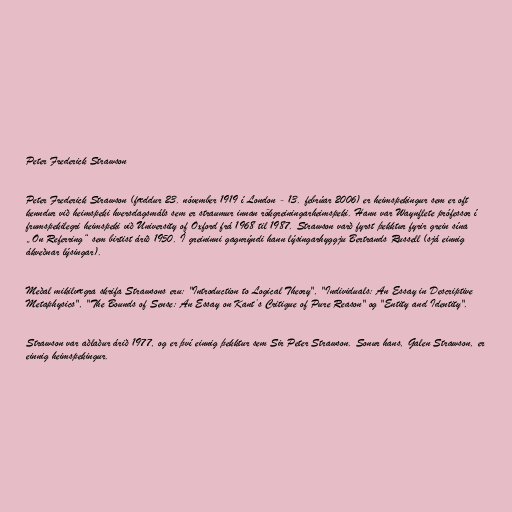
Peter Frederick Strawson

Peter Frederick Strawson (fæddur 23. nóvember 1919 í London - 13. febrúar 2006) er heimspekingur sem er oft
kenndur við heimspeki hversdagsmáls sem er straumur innan rökgreiningarheimspeki. Hann var Waynflete prófessor í
frumspekilegri heimspeki við University of Oxford frá 1968 til 1987. Strawson varð fyrst þekktur fyrir grein sína
„On Referring“ sem birtist árið 1950. Í greininni gagnrýndi hann lýsingarhyggju Bertrands Russell (sjá einnig
ákveðnar lýsingar).

Meðal mikilvægra skrifa Strawsons eru: "Introduction to Logical Theory", "Individuals: An Essay in Descriptive
Metaphysics", "The Bounds of Sense: An Essay on Kant’s Critique of Pure Reason" og "Entity and Identity".

Strawson var aðlaður árið 1977, og er því einnig þekktur sem Sir Peter Strawson. Sonur hans, Galen Strawson, er
einnig heimspekingur.